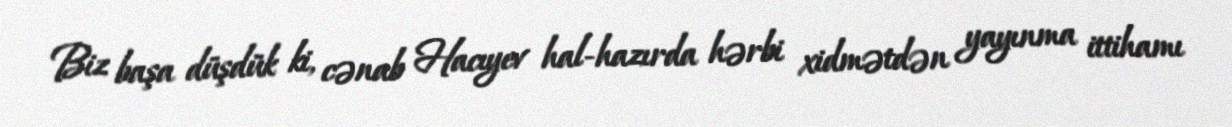
Biz başa düşdük ki, cənab Hacıyev hal-hazırda hərbi xidmətdən yayınma ittihamı